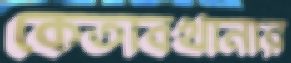
কেতাবখানার